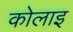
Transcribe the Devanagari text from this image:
कोलाइ